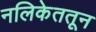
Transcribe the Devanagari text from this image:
नलिकेततून